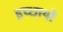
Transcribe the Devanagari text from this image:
इच्छायो